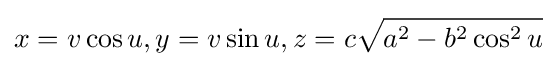
x=v\cos u,y=v\sin u,z=c{\sqrt {a^{2}-b^{2}\cos ^{2}u}}